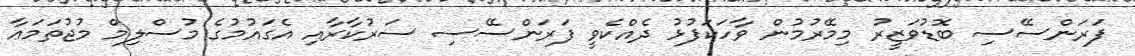
ފަރަންސޭސި ބޮޑުވަޒީރު މިމޭރުމުން ވާހަކަފުޅު ދެއްކެވީ ފަރަންސޭސި ސަރުކާރާއި އެގައުމުގެ މުސްލިމް މުޖުތަމަޢާ